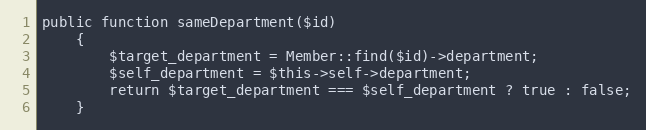
Language: PHP
public function sameDepartment($id)
	{
		$target_department = Member::find($id)->department;
		$self_department = $this->self->department;
		return $target_department === $self_department ? true : false;
	}